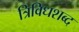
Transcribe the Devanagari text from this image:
त्रिविधशब्द